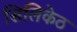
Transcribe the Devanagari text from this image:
सिलिकेठ